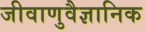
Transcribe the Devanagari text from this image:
जीवाणुवैज्ञानिक